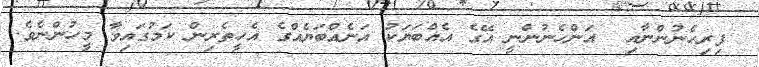
ފިރިހެނުންނާއި  އަންހެނުންނީ އޭގެ އެއްބަޔަކު އަނެއްބަޔެއްގެ އެހީތެރިން ކަމުގައިވާ މީހުންނެވެ.